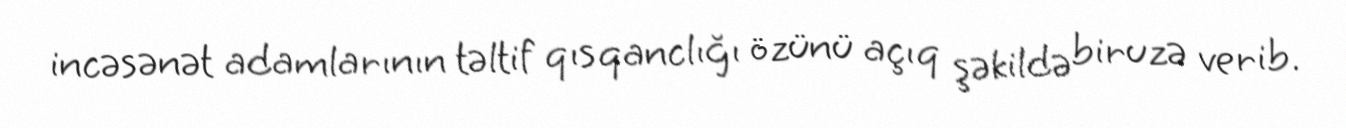
incəsənət adamlarının təltif qısqanclığı özünü açıq şəkildə biruzə verib.